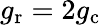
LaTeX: g_{\mathrm{r}}=2g_{\mathrm{c}}